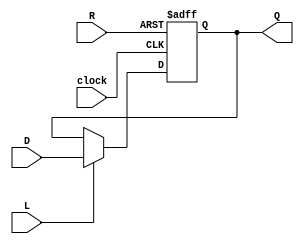
module instruction_register(Q, D, L, R, clock);

output reg [31:0]Q; // registered output

input [31:0]D; // data input

input L; // load enable

input R; // positive logic asynchronous reset

input clock;

always @(posedge clock or posedge R) begin

if(R)

Q <= 0;

else if(L)

Q <= D;

else

Q <= Q;

end

endmodule